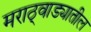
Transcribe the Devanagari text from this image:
मराठ्वाड्यातील